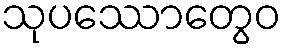
သုပဿောတွေဝ